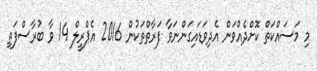
މި މަސައްކަތް ކޮށްދެއްވަން އެދިވަޑައިގަންނަވާ ފަރާތްތަކުން 2016 އެޕްރީލް 14 ވާ ބުރާސްފަތި